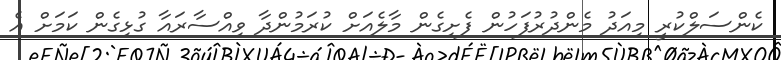
ކެންސަލްކުރީ މިއަދު މެންދުރުފަހުން ފެށިގެން މާލެއަށް ކުރަމުންދާ ވިއްސާރައާ ގުޅިގެން ކަމަށް އެ